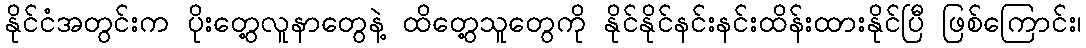
နိုင်ငံအတွင်းက ပိုးတွေ့လူနာတွေနဲ့ ထိတွေ့သူတွေကို နိုင်နိုင်နင်းနင်းထိန်းထားနိုင်ပြီ ဖြစ်ကြောင်း၊